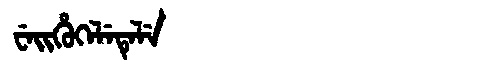
Manchu: ᠸᡝᡳᡥᡠᡴᡝᠯᡝᡨᡝᠯᡝ
Romanization: WEIHUKELETELE